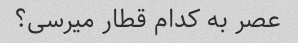
عصر به کدام قطار میرسی؟